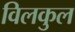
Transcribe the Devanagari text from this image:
विलकुल